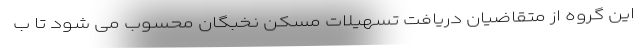
این گروه از متقاضیان دریافت تسهیلات مسکن نخبگان محسوب می شود تا ب